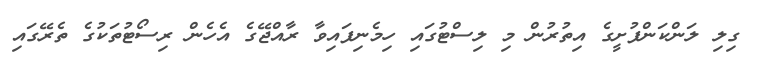
ގިލި ލަންކަންފުށީގެ އިތުރުން މި ލިސްޓުގައި ހިމެނިފައިވާ ރާއްޖޭގެ އެހެން ރިސޯޓުތަކުގެ ތެރޭގައި